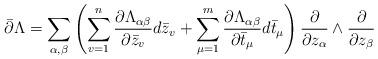
LaTeX: \begin{align*}\bar{\partial} \Lambda=\sum_{\alpha,\beta} \left(\sum_{v=1}^n \frac{\partial \Lambda_{\alpha\beta}}{\partial \bar{z}_v}d\bar{z}_v+\sum_{\mu=1}^m \frac{\partial \Lambda_{\alpha\beta}}{\partial \bar{t}_{\mu}}d\bar{t}_{\mu}\right)\frac{\partial}{\partial z_{\alpha}}\wedge \frac{\partial}{\partial z_{\beta}}\end{align*}